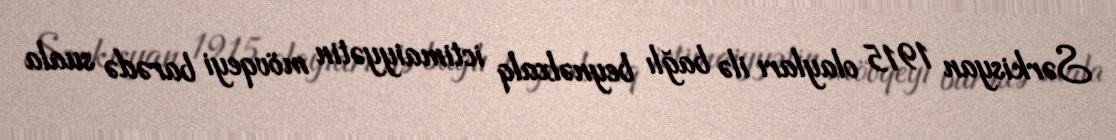
Sərkisyan 1915 olayları ilə bağlı beynəlxalq ictimaiyyətin mövqeyi barədə suala